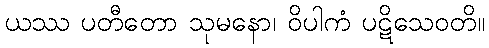
ယဿ ပတီတော သုမနော၊ ဝိပါကံ ပဋိသေဝတိ။